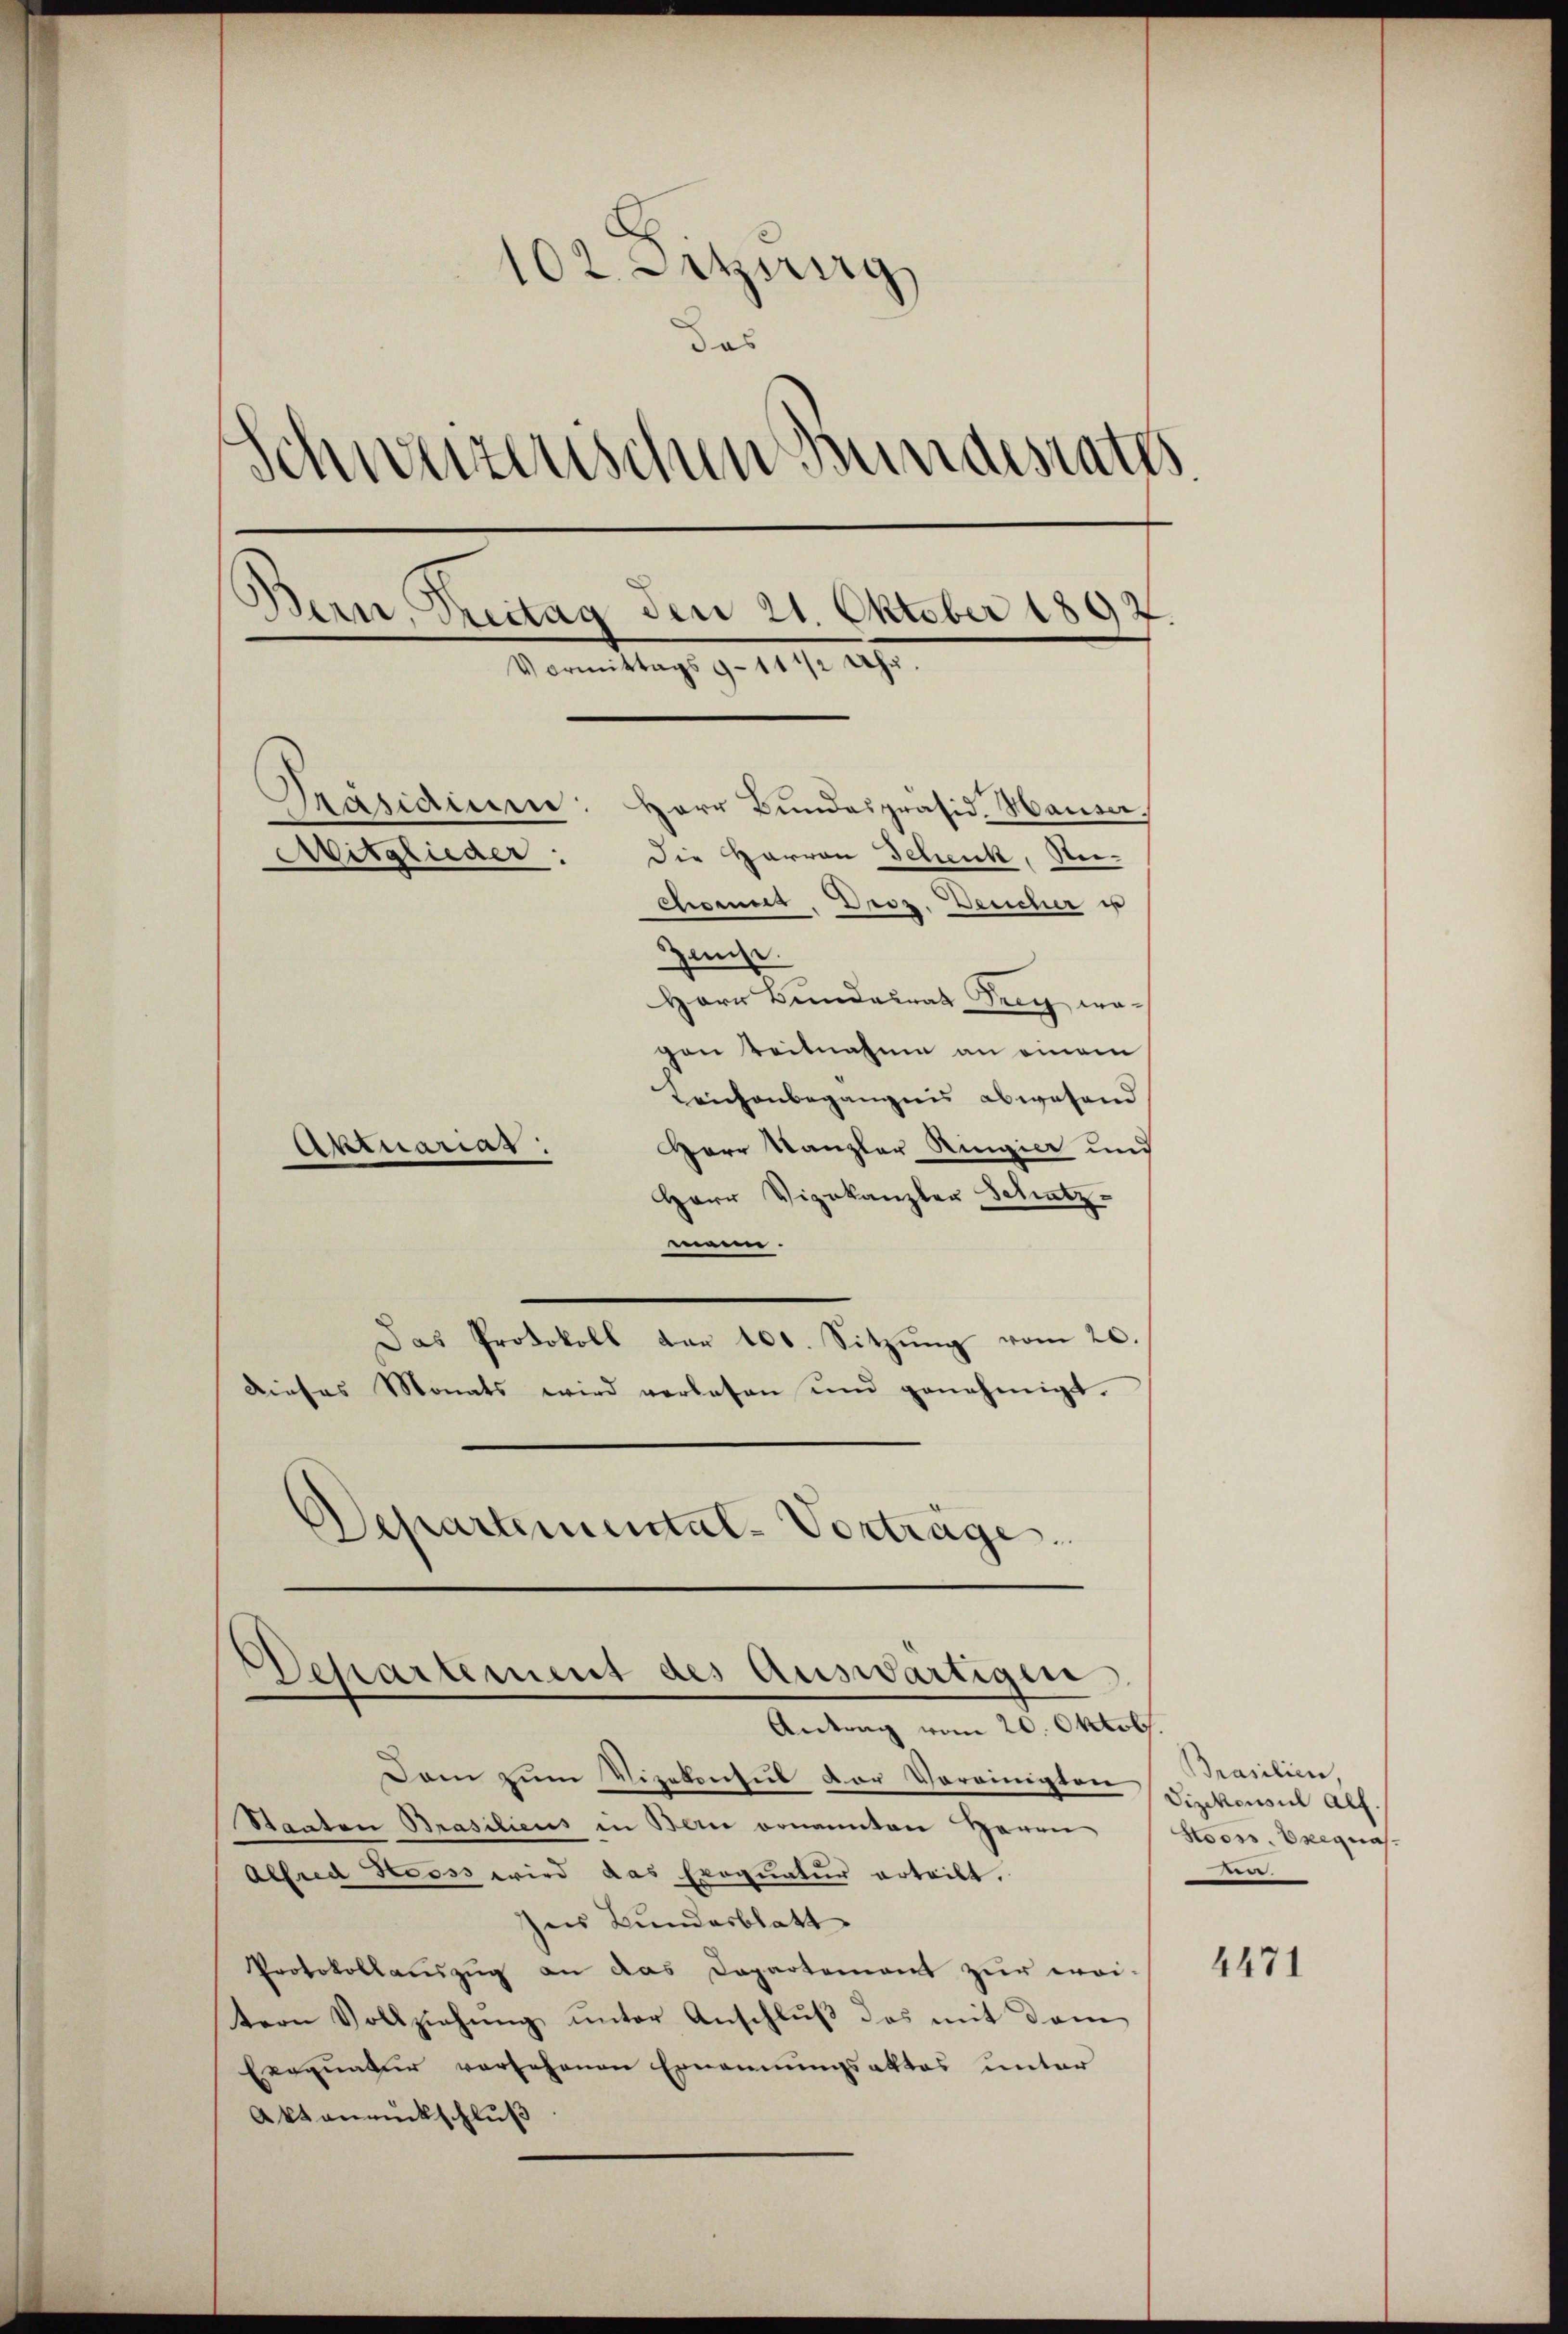
102. Letzig
das
Schwerzenschen Bundesrates
Bern, Treitag den 21. Oktober 1892.
.
Vormittags 9-11 1/2 Uhr.
Präsidium: Herr Bundespräsid. Hauser.
Die Herren Schenk, Nee-
Mitglieder:
cheint. Droz. Deucher u
Hause.
Herr Bundesrat Frey, wo-
gen Teilnahme an einem

Leichenbegängnis abwesend
Herr Kanzler Ringier und
Herr Vizekanzler Schatz
ennen.
Das Protokoll der 100. Sitzŭng vom 20.
dieses Monats wird verlesen und genehmigt.
Departemental-Vorträge.

Aktuarias.

Departement des Auswärtigen

Antrag vom 20. Oktob.
Dam zum Vizekonsul der Vereinigten Sinkonsul als
Staaten Brasiliens in Bern ernannten Herrn
Alfred Stooss wird das Exequatur erteilt.
Ins Bundesblatt
Protokollauszug an das Departement zur wei-
tern Vollziehung unter Anschluß das mit dem
Exequatur vorsehenen Ernennungsaktes unter
Aktanrückschluß

Prasilien,
Stooss. Bregnah¬

4471